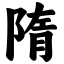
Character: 隋